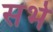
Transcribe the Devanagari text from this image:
सर्भे